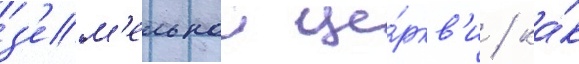
з'ем'ельнои це́ркв'и / ка́к